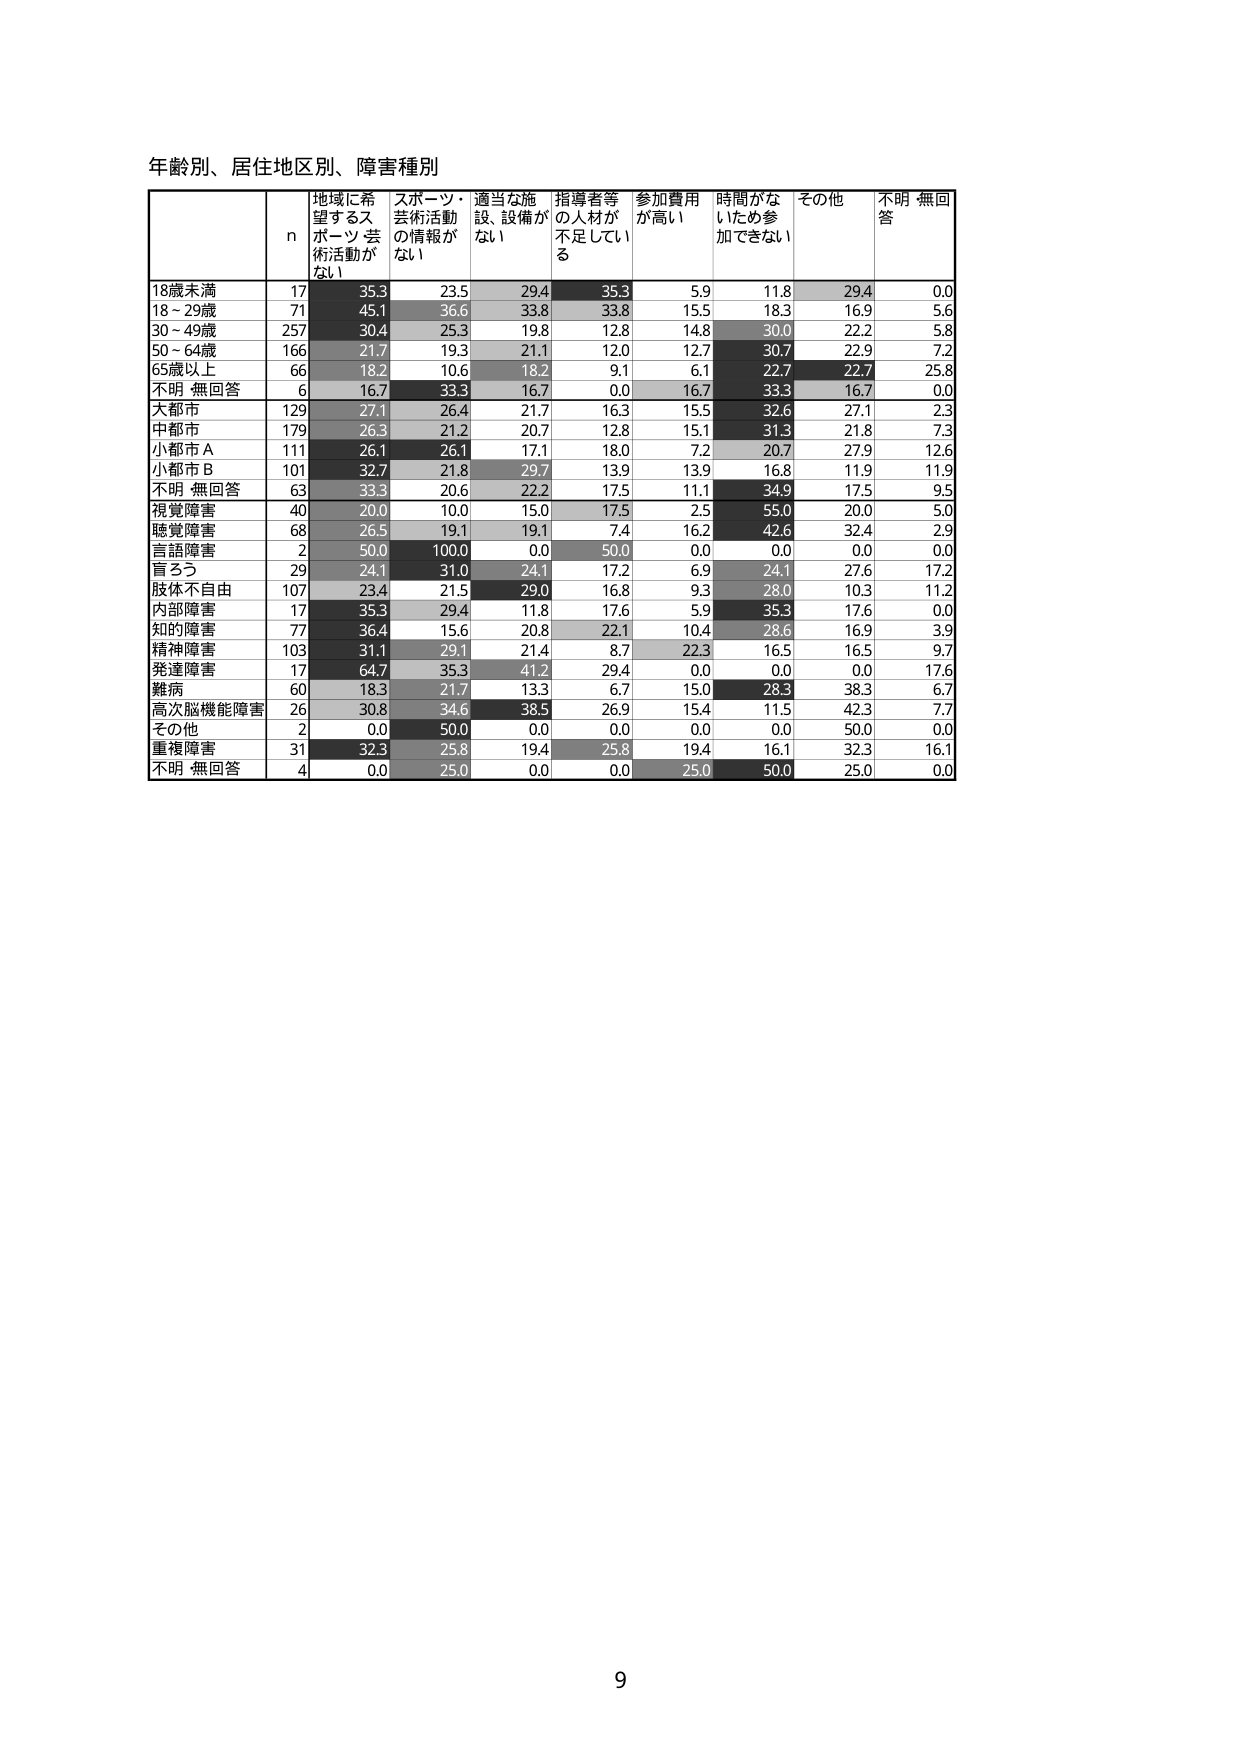
年齢別、居住地区別、障害種別

n 地域に希望するスポーツ・芸術活動がない スポーツ・芸術活動の情報がない 適当な施設、設備がない 指導者等の人材が不足している 参加費用が高い 時間がないため参加できない その他 不明 無回答

18歳未満 17 35.3 23.5 29.4 35.3 5.9 11.8 29.4 0.0
18～29歳 71 45.1 36.6 33.8 33.8 15.5 18.3 16.9 5.6
30～49歳 257 30.4 25.3 19.8 12.8 14.8 30.0 22.2 5.8
50～64歳 166 21.7 19.3 21.1 12.0 12.7 30.7 22.9 7.2
65歳以上 66 18.2 10.6 18.2 9.1 6.1 22.7 22.7 25.8
不明 無回答 6 16.7 33.3 16.7 0.0 16.7 33.3 16.7 0.0

大都市 129 27.1 26.4 21.7 16.3 15.5 32.6 27.1 2.3
中都市 179 26.3 21.2 20.7 12.8 15.1 31.3 21.8 7.3
小都市 A 111 26.1 26.1 17.1 18.0 7.2 20.7 27.9 12.6
小都市 B 101 32.7 21.8 29.7 13.9 13.9 16.8 11.9 11.9
不明 無回答 63 33.3 20.6 22.2 17.5 11.1 34.9 17.5 9.5

視覚障害 40 20.0 10.0 15.0 17.5 2.5 55.0 20.0 5.0
聴覚障害 68 26.5 19.1 19.1 7.4 16.2 42.6 32.4 2.9
言語障害 2 50.0 100.0 0.0 50.0 0.0 0.0 0.0 0.0
盲ろう 29 24.1 31.0 24.1 17.2 6.9 24.1 27.6 17.2
肢体不自由 107 23.4 21.5 29.0 16.8 9.3 28.0 10.3 11.2
内部障害 17 35.3 29.4 11.8 17.6 5.9 35.3 17.6 0.0
知的障害 77 36.4 15.6 20.8 22.1 10.4 28.6 16.9 3.9
精神障害 103 31.1 29.1 21.4 8.7 22.3 16.5 16.5 9.7
発達障害 17 64.7 35.3 41.2 29.4 0.0 0.0 0.0 17.6
難病 60 18.3 21.7 13.3 6.7 15.0 28.3 38.3 6.7
高次脳機能障害 26 30.8 34.6 38.5 26.9 15.4 11.5 42.3 7.7
その他 2 0.0 50.0 0.0 0.0 0.0 0.0 50.0 0.0
重複障害 31 32.3 25.8 19.4 25.8 19.4 16.1 32.3 16.1
不明 無回答 4 0.0 25.0 0.0 0.0 25.0 50.0 25.0 0.0

9